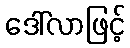
ဒေါ်လာဖြင့်